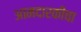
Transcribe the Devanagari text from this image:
आमदारकीचा